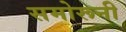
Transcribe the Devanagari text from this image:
समोरूनी